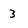
Character: 3